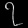
Digit: ၇